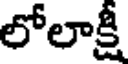
లోలాక్షీ